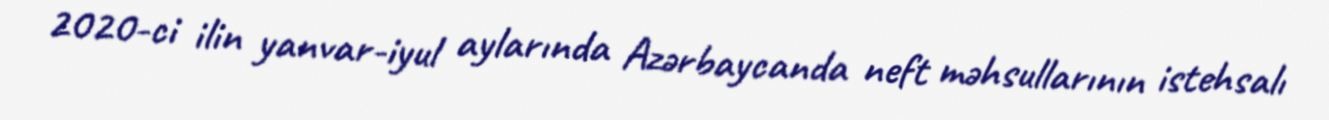
2020-ci ilin yanvar-iyul aylarında Azərbaycanda neft məhsullarının istehsalı